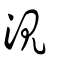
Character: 涀